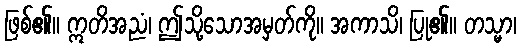
ဖြစ်၏။ ဣတိအညံ၊ ဤသို့သောအမှတ်ကို။ အကာသိ၊ ပြု၏။ တသ္မာ၊